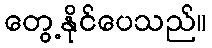
တွေ့နိုင်ပေသည်။